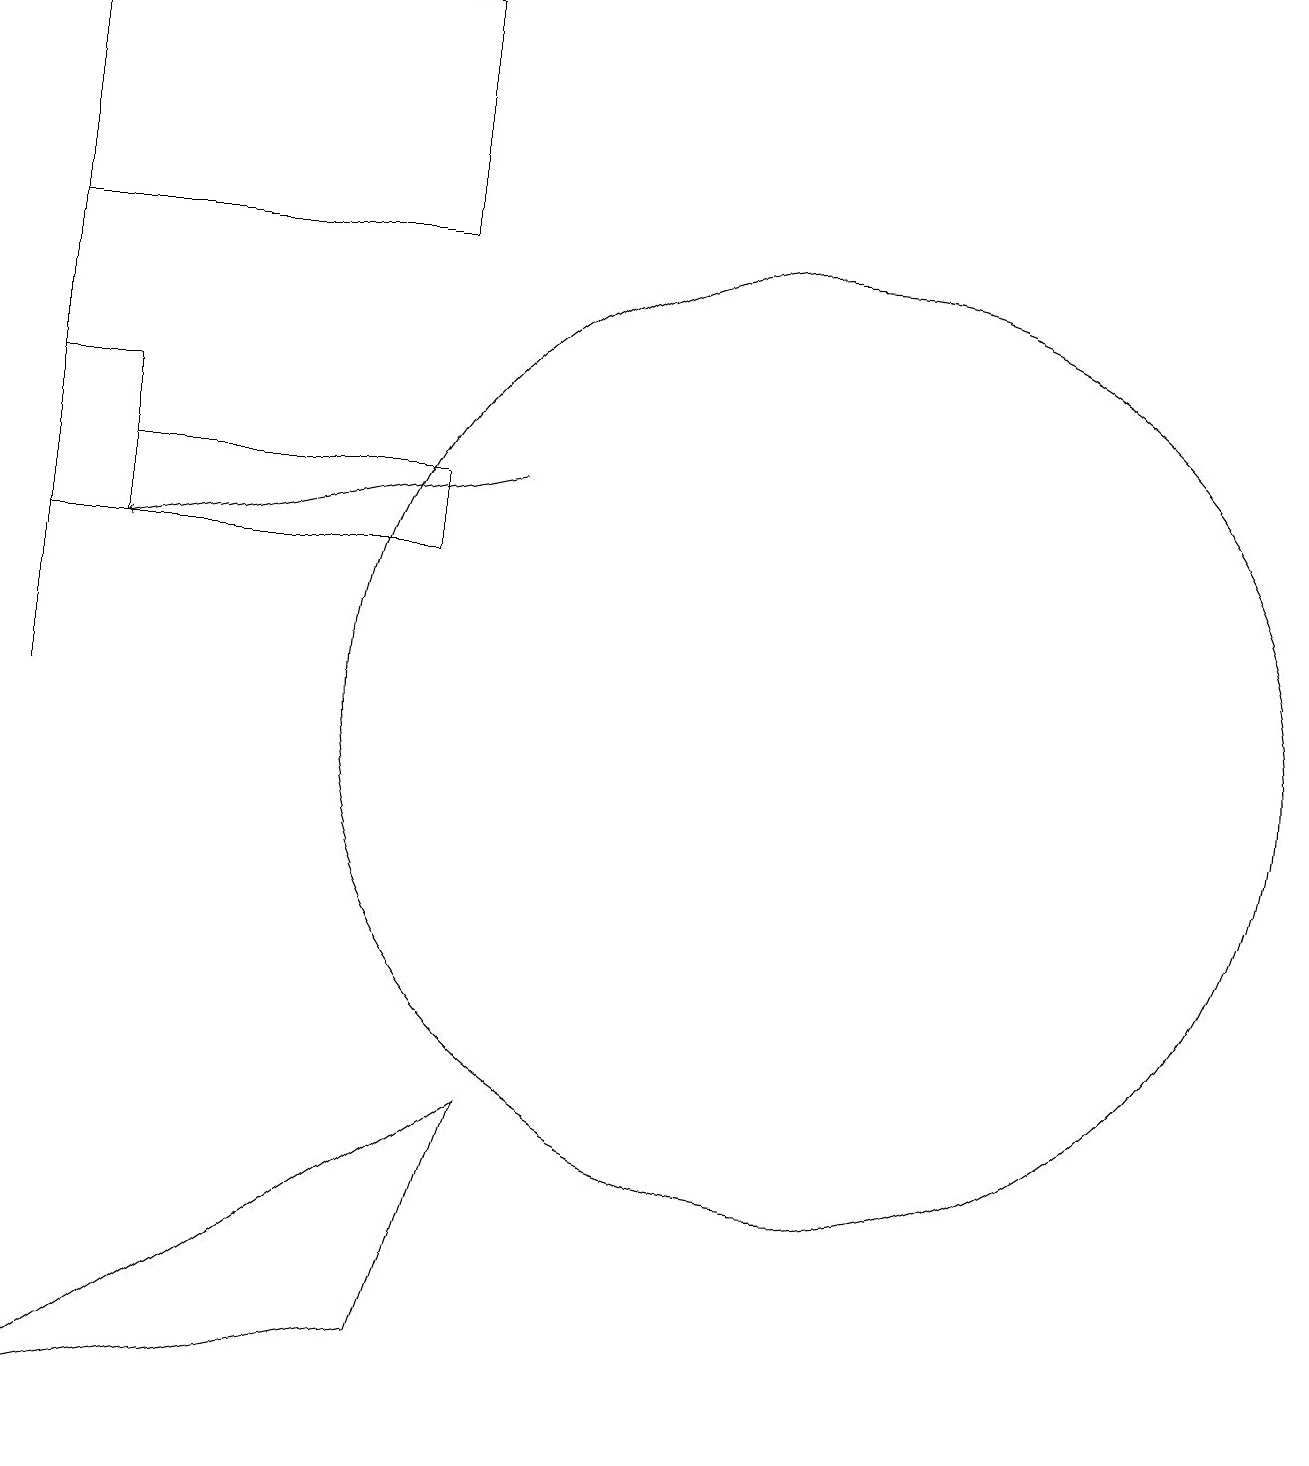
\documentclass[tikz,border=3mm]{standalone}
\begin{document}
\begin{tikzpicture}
\draw (0,1) -- (6,5) -- (5,2) -- cycle;
\draw (0,16) rectangle (0,10);
\draw (0,12) rectangle (1,14);
\draw[->] (6,13) -- (1,12);
\draw (5,12) rectangle (1,13);
\draw (10,10) circle (6);
\draw (0,16) rectangle (5,19);
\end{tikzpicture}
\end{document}